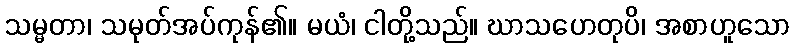
သမ္မတာ၊ သမုတ်အပ်ကုန်၏။ မယံ၊ ငါတို့သည်။ ဃာသဟေတုပိ၊ အစာဟူသော